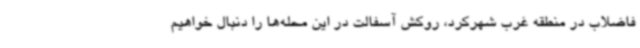
فاضلاب در منطقه غرب شهرکرد، روکش آسفالت در این محله‌ها را دنبال خواهیم